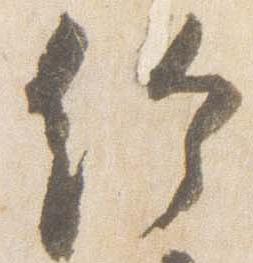
給